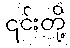
၎င်းတို့